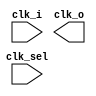
// SPDX-License-Identifier: Apache-2.0
// Copyright (C) 2019 Intel Corporation. 
//****************************************************************************************
// Copyright (C) 2011 Altera Corporation. 
//
//****************************************************************************************

//------------------------------------------------------------------------
// Description: standard 4:1 clock mux, built of three 2:1 muxes
//              clk_sel = 00, clk_o = clk_0 
//              clk_sel = 01, clk_o = clk_1 
//              clk_sel = 10, clk_o = clk_2 
//              clk_sel = 11, clk_o = clk_3 
//------------------------------------------------------------------------

module altr_hps_ckmux32to1
    (
    input  wire [31:0]       clk_i, 

    input  wire  [4:0]       clk_sel,   // clock selector
    output wire              clk_o      // clock out
     );


`ifdef ALTR_HPS_INTEL_MACROS_OFF

  reg clk_o_reg;

  always @*
  begin : clk_sel_mux
    case(clk_sel[4:0])
      5'b00000: clk_o_reg = clk_i[0];
      5'b00001: clk_o_reg = clk_i[1];
      5'b00010: clk_o_reg = clk_i[2];
      5'b00011: clk_o_reg = clk_i[3];
      5'b00100: clk_o_reg = clk_i[4];
      5'b00101: clk_o_reg = clk_i[5];
      5'b00110: clk_o_reg = clk_i[6];
      5'b00111: clk_o_reg = clk_i[7];
      5'b01000: clk_o_reg = clk_i[8];
      5'b01001: clk_o_reg = clk_i[9];
      5'b01010: clk_o_reg = clk_i[10];
      5'b01011: clk_o_reg = clk_i[11];
      5'b01100: clk_o_reg = clk_i[12];
      5'b01101: clk_o_reg = clk_i[13];
      5'b01110: clk_o_reg = clk_i[14];
      5'b01111: clk_o_reg = clk_i[15];
      5'b10000: clk_o_reg = clk_i[16];
      5'b10001: clk_o_reg = clk_i[17];
      5'b10010: clk_o_reg = clk_i[18];
      5'b10011: clk_o_reg = clk_i[19];
      5'b10100: clk_o_reg = clk_i[20];
      5'b10101: clk_o_reg = clk_i[21];
      5'b10110: clk_o_reg = clk_i[22];
      5'b10111: clk_o_reg = clk_i[23];
      5'b11000: clk_o_reg = clk_i[24];
      5'b11001: clk_o_reg = clk_i[25];
      5'b11010: clk_o_reg = clk_i[26];
      5'b11011: clk_o_reg = clk_i[27];
      5'b11100: clk_o_reg = clk_i[28];
      5'b11101: clk_o_reg = clk_i[29];
      5'b11110: clk_o_reg = clk_i[30];
      5'b11111: clk_o_reg = clk_i[31];
      default: clk_o_reg = 1'bx;
    endcase
  end

  assign clk_o = clk_o_reg;

`else

`endif

endmodule // altr_hps_ckmux32to1